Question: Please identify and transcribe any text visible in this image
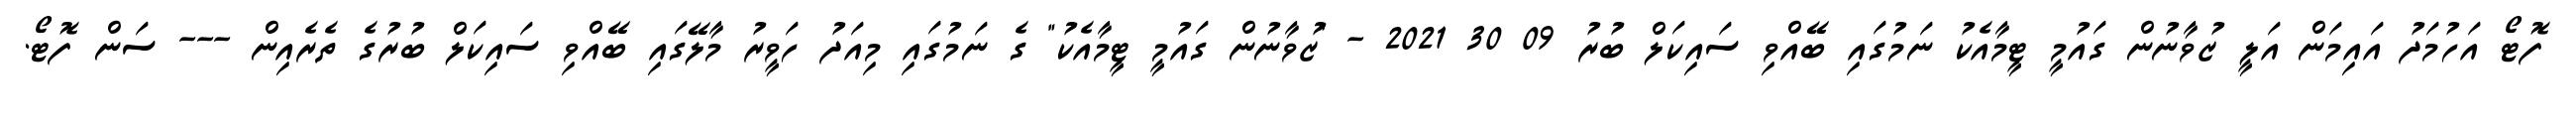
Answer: ފޮޓޯ އަހުމަދު އައިމަން އަލީ ޒުވާނުން ގައުމީ ޓީމާއެކު ނަމުގައި ބޭއްވި ސައިކަލް ބުރު 09 30 2021 - "ޒުވާނުން ގައުމީ ޓީމާއެކު" ގެ ނަމުގައި މިއަދު ހަވީރު މާލޭގައި ބޭއްވި ސައިކަލް ބުރުގެ ތެރެއިން --- ސަން ފޮޓޯ.